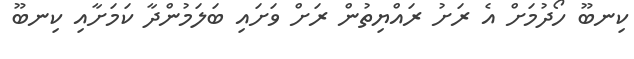
ކިނބޫ ހޯދުމަށް އެ ރަށު ރައްޔިތުން ރަށް ވަށައި ބަލަމުންދާ ކަމަށާއި ކިނބޫ